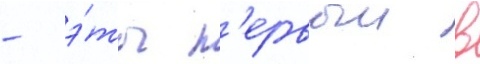
- э́то п'ервыи в